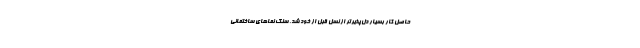
حاصل کار بسیار دل‌پذیرتر از نسل قبل از خود شد. سنگ نماهای ساختمانی